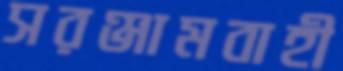
সরঞ্জামবাহী